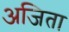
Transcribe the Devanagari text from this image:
अजिता